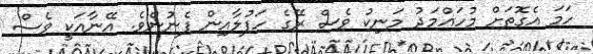
ހަމަ އެގޮތަށް މުހައްމަދު މަނިކު ވެސް ރޭގެ ހަފުލާއިން ފެނުނެވެ. އޭނާއަކީ ވެސް